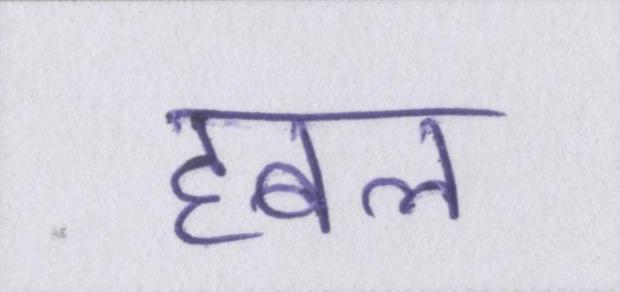
हबल